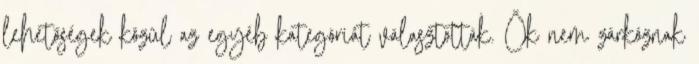
lehetőségek közül az egyéb kategóriát választották. Ők nem zárkóznak